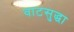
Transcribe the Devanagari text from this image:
वाटसुद्धा